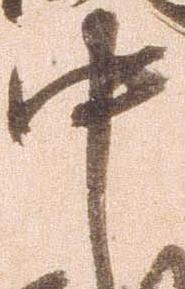
中